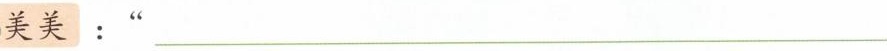
美美：“___